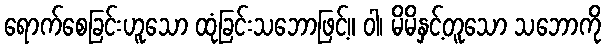
ရောက်စေခြင်းဟူသော ထုံခြင်းသဘောဖြင့်။ ဝါ၊ မိမိနှင့်တူသော သဘောကို